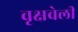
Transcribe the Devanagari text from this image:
वृक्षवेली